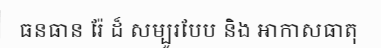
ធនធាន រ៉ែ ដ៏ សម្បូរបែប និង អាកាសធាតុ